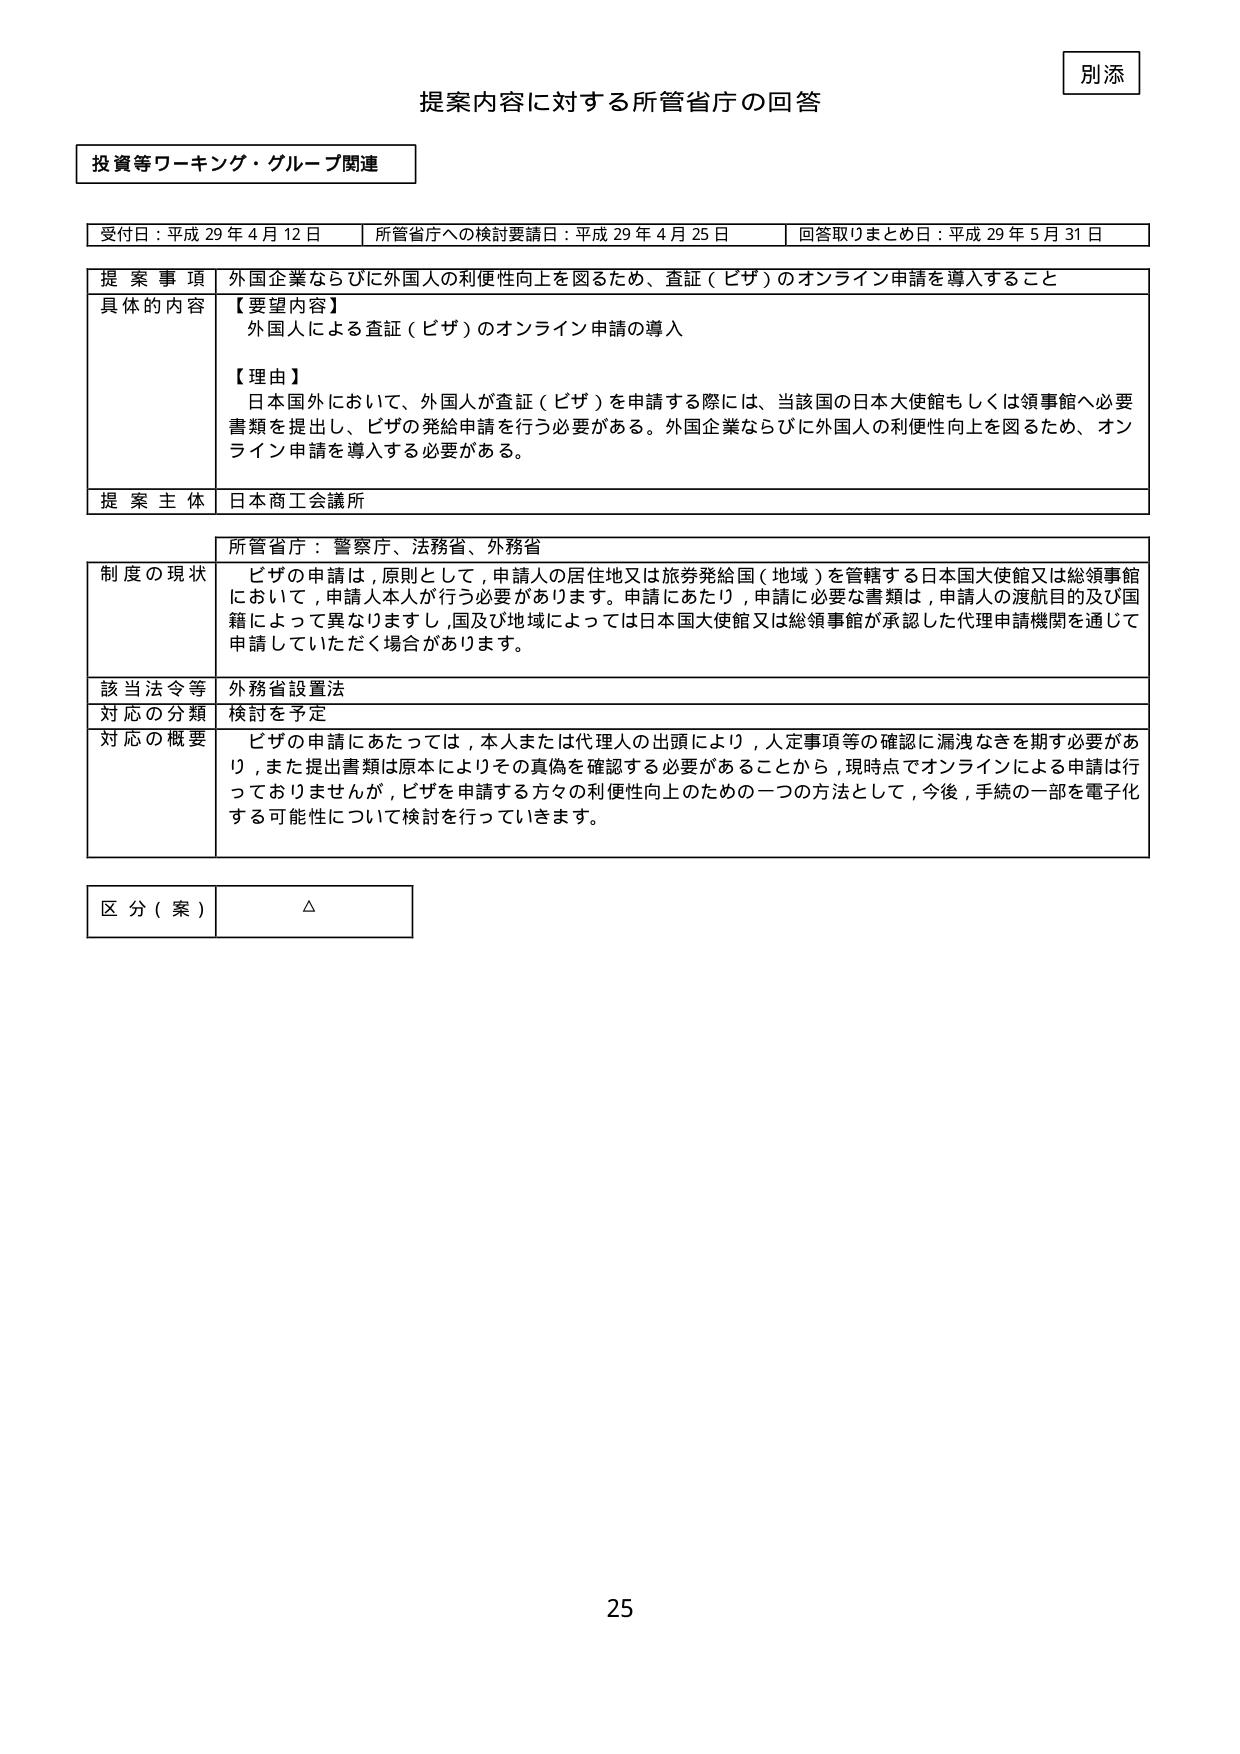
別添

提案内容に対する所管省庁の回答

投資等ワーキング・グループ関連

受付日：平成29年4月12日　　所管省庁への検討要請日：平成29年4月25日　　回答取りまとめ日：平成29年5月31日

提案事項　外国企業ならびに外国人の利便性向上を図るため、査証（ビザ）のオンライン申請を導入すること

具体的な内容　【要望内容】
外国人による査証（ビザ）のオンライン申請の導入

【理由】
日本国外において、外国人が査証（ビザ）を申請する際には、当該国の日本大使館もしくは領事館へ必要書類を提出し、ビザの発給申請を行う必要がある。外国企業ならびに外国人の利便性向上を図るため、オンライン申請を導入する必要がある。

提案主体　日本商工会議所

所管省庁：警察庁、法務省、外務省

制度の現状　ビザの申請は、原則として、申請人の居住地又は旅券発給国（地域）を管轄する日本国大使館又は総領事館において、申請人本人が行う必要があります。申請にあたり、申請に必要な書類は、申請人の渡航目的及び国籍によって異なりますし、国及び地域によっては日本国大使館又は総領事館が承認した代理申請機関を通じて申請していただく場合があります。

該当法令等　外務省設置法

対応の分類　検討を予定

対応の概要　ビザの申請にあたっては、本人または代理人の出頭により、人定事項等の確認に漏洩なきを期す必要があり、また提出書類は原本によりその真偽を確認する必要があることから、現時点でオンラインによる申請は行っておりませんが、ビザを申請する方々の利便性向上のための一つの方法として、今後、手続の一部を電子化する可能性について検討を行っていきます。

区分（案）　△

25